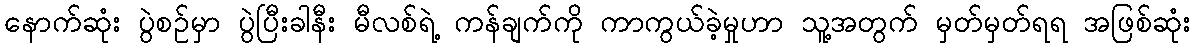
နောက်ဆုံး ပွဲစဉ်မှာ ပွဲပြီးခါနီး မီလစ်ရဲ့ ကန်ချက်ကို ကာကွယ်ခဲ့မှုဟာ သူ့အတွက် မှတ်မှတ်ရရ အဖြစ်ဆုံး